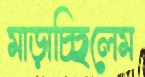
মাড়াচ্ছিলেম